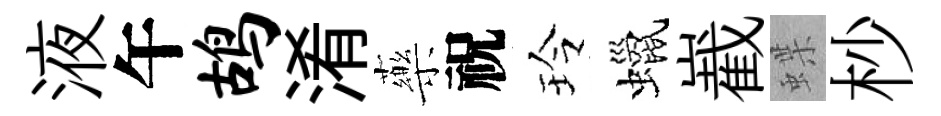
液午鸪淆藥祝玲蠟嶻蝶杪